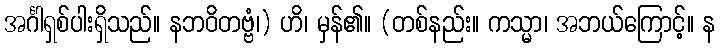
အင်္ဂါရှစ်ပါးရှိသည်။ နဘဝိတဗ္ဗံ၊) ဟိ၊ မှန်၏။ (တစ်နည်း။ ကသ္မာ၊ အဘယ်ကြောင့်။ န